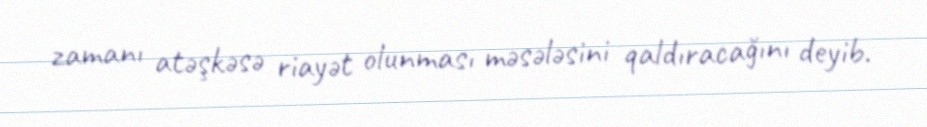
zamanı atəşkəsə riayət olunması məsələsini qaldıracağını deyib.